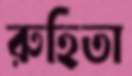
রুহিতা